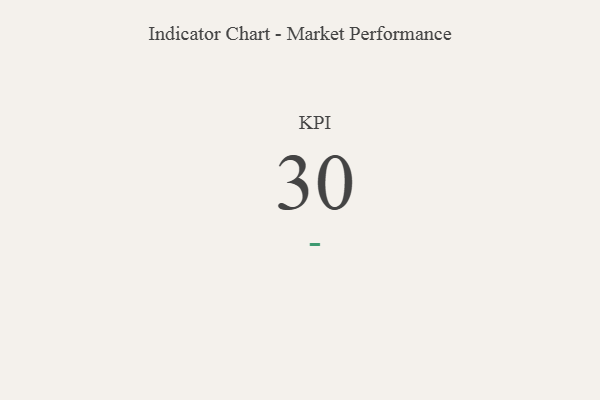
{"axis": {"x": "KPI", "y": "Value"}, "legend": [""], "data": [{"x": "KPI", "y": 30, "type": ""}]}